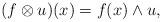
LaTeX: \begin{align*} (f\otimes u)(x)=f(x)\wedge u, \end{align*}